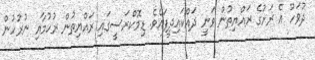
ދުވަހު އެ ރަށުގެ ރައްޔިތުން ވަނީ ދައްކައިދީފައެވެ. ޑިމޮކްރަސީގައި ރައްޔިތުން ރުހުމާއި ނުރުހުން